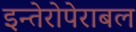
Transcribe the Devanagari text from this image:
इन्तेरोपेराबल